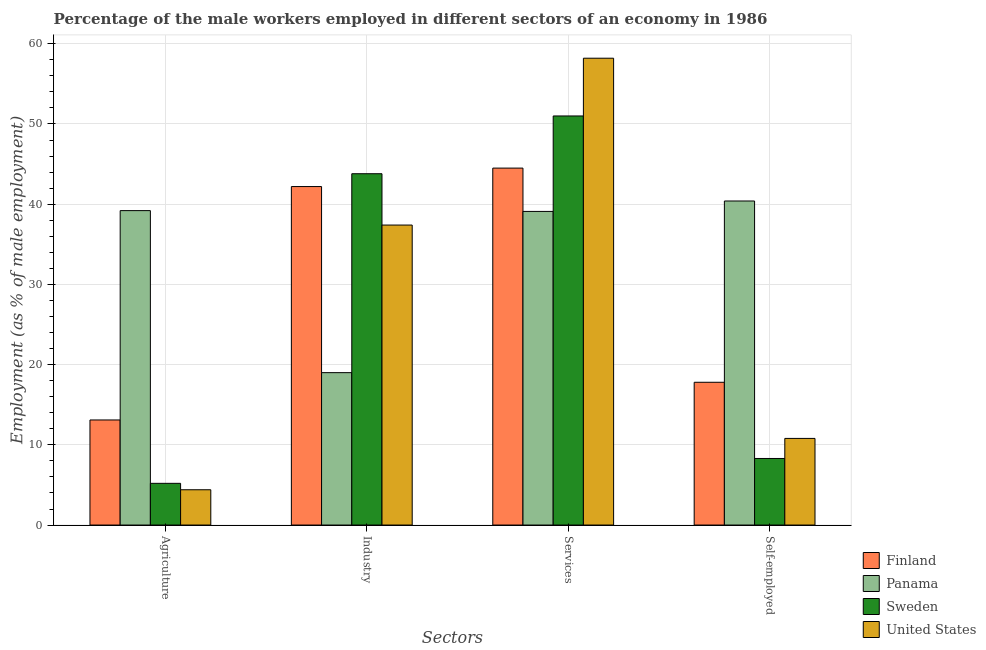
| Sectors | Finland | Panama | Sweden | United States |
 | --- | --- | --- | --- | --- |
 | Agriculture | 13.1 | 39.2 | 5.2 | 4.4 |
 | Industry | 42.2 | 19 | 43.8 | 37.4 |
 | Services | 44.5 | 39.1 | 51 | 58.2 |
 | Self-employed | 17.8 | 40.4 | 8.3 | 10.8 |